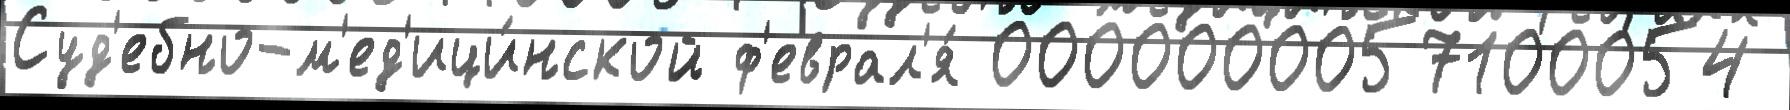
Суд'ебно-м'ед'ици́нской ф'еврал'я́ 0000000057100054